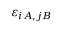
\varepsilon _ { i A , j B }